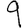
Digit: 9